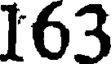
163